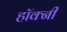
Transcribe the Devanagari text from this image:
हॉक्नी